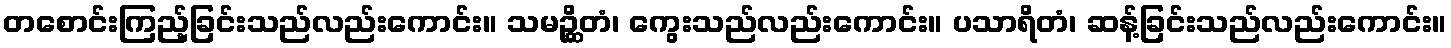
တစောင်းကြည့်ခြင်းသည်လည်းကောင်း။ သမဉ္ဆိတံ၊ ကွေးသည်လည်းကောင်း။ ပသာရိတံ၊ ဆန့်ခြင်းသည်လည်းကောင်း။